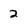
Character: 2